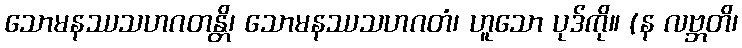
သောမနဿသဟဂတန္တိ၊ သောမနဿသဟဂတံ၊ ဟူသော ပုဒ်ကို။ (န လဗ္ဘတိ၊